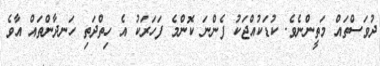
ދުވަސްތައް މަތީންނެވެ. ކުޑަކުއްޖަކު ފެންނަ ކޮންމެ ފަހަރަކު އެ ހިތްދަތި ހަނދާންތައް އާވެ